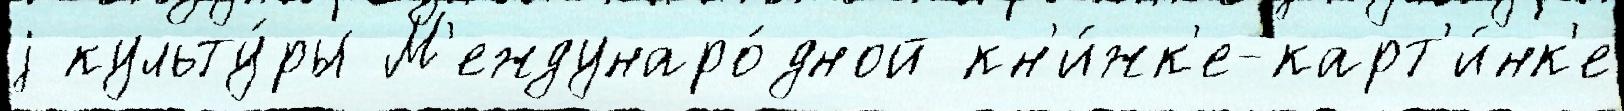
j культу́ры М'еждунаро́дной кн'и́жк'е-карт'и́нк'е